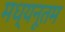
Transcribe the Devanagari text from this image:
मध्यनूतम